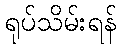
ရုပ်သိမ်းရန်